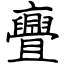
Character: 亹